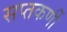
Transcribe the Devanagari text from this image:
सप्तकर्णी